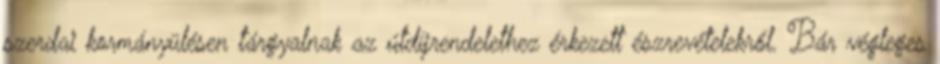
szerdai kormányülésen tárgyalnak az útdíjrendelethez érkezett észrevételekről. Bár végleges